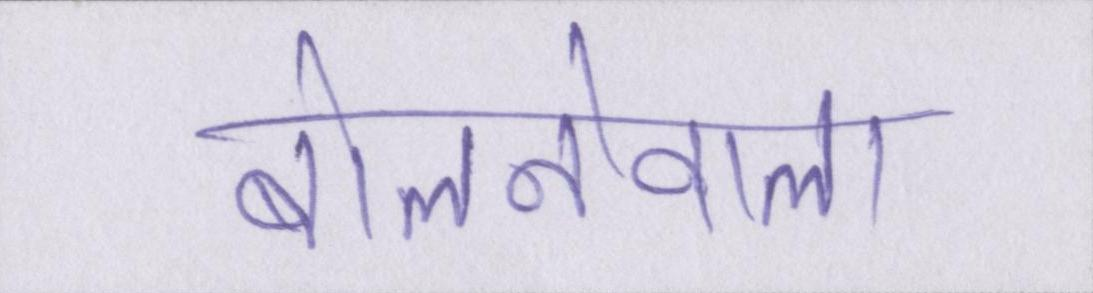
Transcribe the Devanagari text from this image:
बोलनेवाला